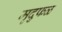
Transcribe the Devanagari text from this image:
मृदुफळ